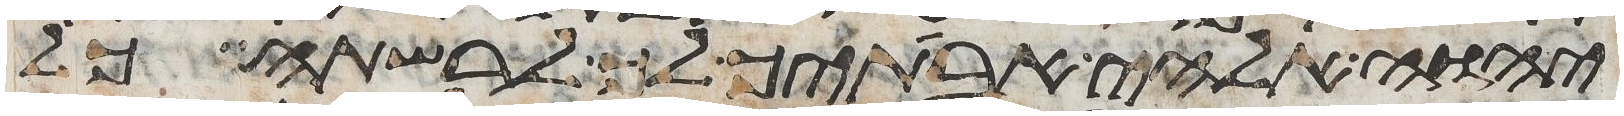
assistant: יהוה אלהי אבתיך לך לרשתה כל